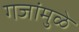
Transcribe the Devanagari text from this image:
गजांमुळे